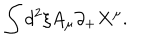
\int d ^ { 2 } \xi A _ { \mu } \partial _ { + } X ^ { \mu } .